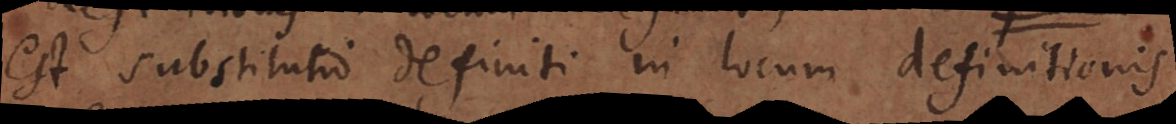
est substitutio definiti in locum definitionis